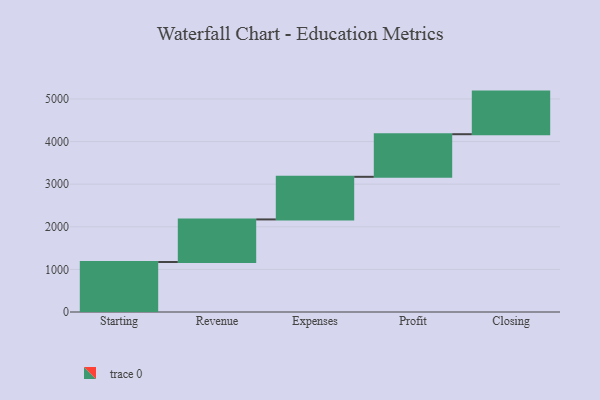
{"axis": {"x": "Step", "y": "Value"}, "legend": [""], "data": [{"x": "Starting", "y": 1173.0, "type": ""}, {"x": "Revenue", "y": 1000, "type": ""}, {"x": "Expenses", "y": 1000, "type": ""}, {"x": "Profit", "y": 1000, "type": ""}, {"x": "Closing", "y": 1000, "type": ""}]}